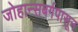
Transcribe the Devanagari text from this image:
जोहान्सबर्गपासून